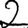
Digit: 2